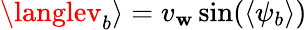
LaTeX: \langlev_{b}\rangle=v_{\mathbf{w}}\sin({\langle\psi_{b}\rangle})